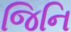
જિનિ